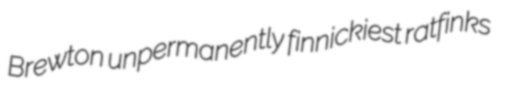
Brewton unpermanently finnickiest ratfinks